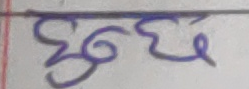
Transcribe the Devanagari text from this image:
हुदछ